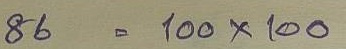
86 = 100 x 100